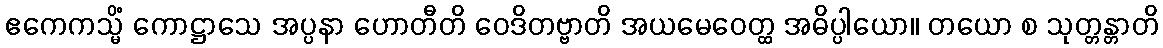
ဧကေကသ္မိံ ကောဋ္ဌာသေ အပ္ပနာ ဟောတီတိ ဝေဒိတဗ္ဗာတိ အယမေဝေတ္ထ အဓိပ္ပါယော။ တယော စ သုတ္တန္တာတိ